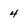
Character: 4